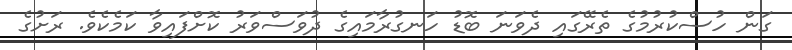
ގަން ހުސްކުރުމުގެ ތެރޭގައި ދެވަނަ ބޮޑު ހަނގުރާމައިގެ ދުވަސްވަރު ކޮށްފައިވާ ކަމެކެވެ. ރަށުގެ